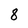
Character: 8